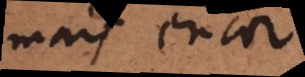
mais encor